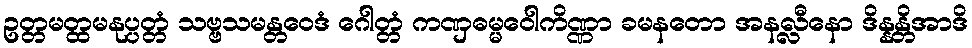
ဥတ္တမတ္ထမနုပ္ပတ္တံ သဗ္ဗသမန္တဝေဒံ ဂေါတ္တံ ကဏှဓမ္မဝေါကိဏ္ဏာ ခမနတော အနလ္လီနော ဒိန္နန္တိအာဒိ